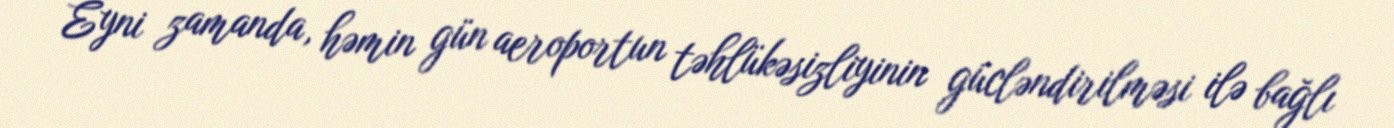
Eyni zamanda, həmin gün aeroportun təhlükəsizliyinin gücləndirilməsi ilə bağlı